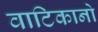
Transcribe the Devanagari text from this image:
वाटिकानो